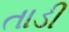
તાડી